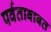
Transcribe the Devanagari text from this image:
पर्वताबाबत